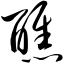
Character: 醮